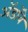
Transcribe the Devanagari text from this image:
ॲडॉबे